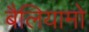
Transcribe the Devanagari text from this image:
बैलियामो